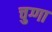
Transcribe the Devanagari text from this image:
चुग्गा